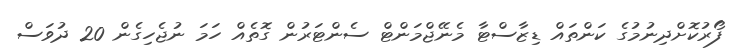
ފޯރުކޮށްދިނުމުގެ ކަންތައް ޑިޒާސްޓާ މެނޭޖްމަންޓް ސެންޓަރުން ގޮތެއް ހަމަ ނުޖެހިގެން 20 ދުވަސް